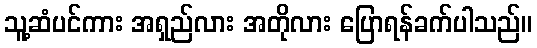
သူ့ဆံပင်ကား အရှည်လား အတိုလား ပြောရန်ခက်ပါသည်။